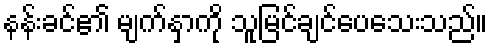
နန်းခင်၏ မျက်နှာကို သူမြင်ချင်ပေသေးသည်။